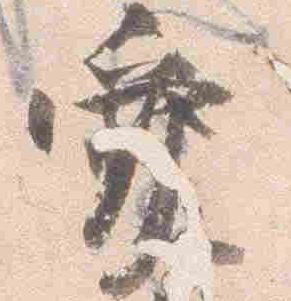
愛